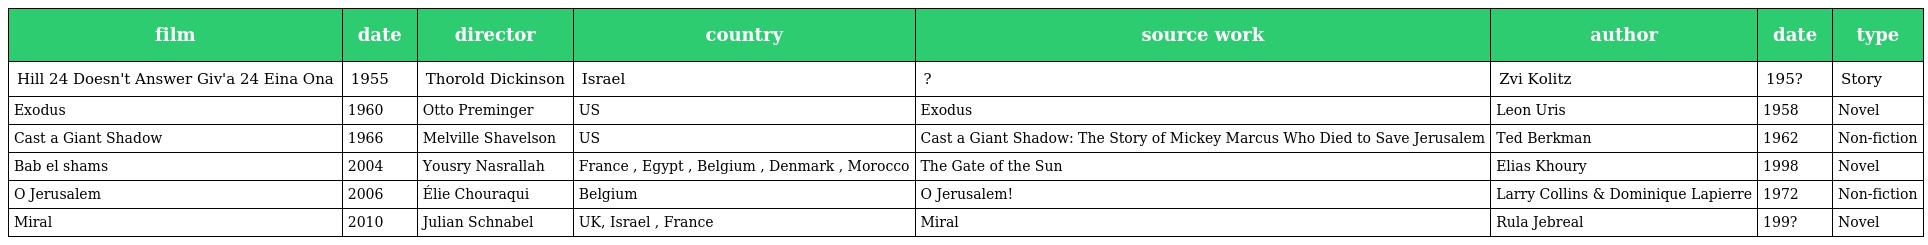
| film | date | director | country | source work | author | date | type |
 | --- | --- | --- | --- | --- | --- | --- | --- |
 | Hill 24 Doesn't Answer Giv'a 24 Eina Ona | 1955 | Thorold Dickinson | Israel | ? | Zvi Kolitz | 195? | Story |
 | Exodus | 1960 | Otto Preminger | US | Exodus | Leon Uris | 1958 | Novel |
 | Cast a Giant Shadow | 1966 | Melville Shavelson | US | Cast a Giant Shadow: The Story of Mickey Marcus Who Died to Save Jerusalem | Ted Berkman | 1962 | Non-fiction |
 | Bab el shams | 2004 | Yousry Nasrallah | France , Egypt , Belgium , Denmark , Morocco | The Gate of the Sun | Elias Khoury | 1998 | Novel |
 | O Jerusalem | 2006 | Élie Chouraqui | Belgium | O Jerusalem! | Larry Collins & Dominique Lapierre | 1972 | Non-fiction |
 | Miral | 2010 | Julian Schnabel | UK, Israel , France | Miral | Rula Jebreal | 199? | Novel |